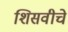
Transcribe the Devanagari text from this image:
शिसवीचे